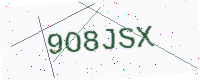
Text: 9O8JSX